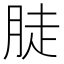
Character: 𦛣